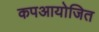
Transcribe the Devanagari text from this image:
कपआयोजित